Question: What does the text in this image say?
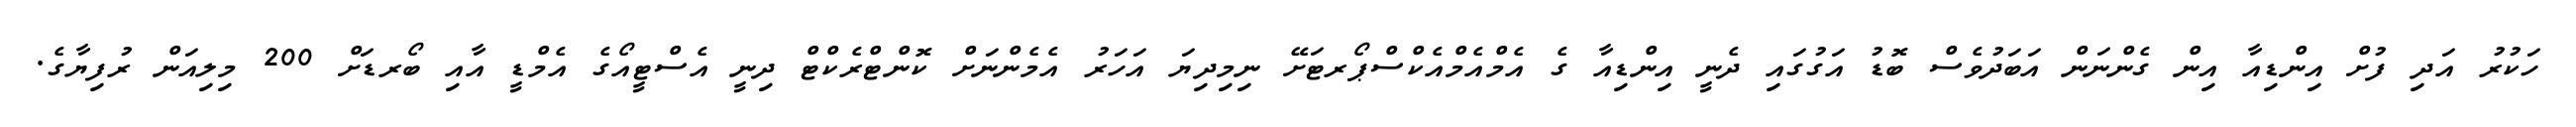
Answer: ހަކުރު އަދި ފުށް އިންޑިއާ އިން ގެންނަން އަބަދުވެސް ބޮޑު އަގުގައި ދެނީ އިންޑިއާ ގެ އެމްއެމްއެކްސްޕޯރޓަށޭ ނިމިދިޔަ އަހަރު އެމެންނަށް ކޮންޓްރެކްޓް ދިނީ އެސްޓީއޯގެ އެމްޑީ އާއި ބޯރޑަށް 200 މިލިއަން ރުފިޔާގެ.